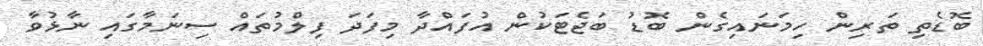
ބޮޑެތި ތަރިން ހިމަނައިގެން ބޮޑު ބަޖެޓަކުން އުފައްދާ މިފަދަ ފިލްމުތައް ސިނަމާގައި ނާޅުވާ